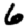
Digit: 6